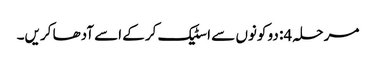
مرحلہ 4: دو کونوں سے اسٹیک کرکے اسے آدھا کریں۔